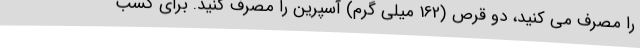
را مصرف می کنید، دو قرص (162 میلی گرم) آسپرین را مصرف کنید. برای کسب